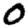
Digit: 0